Report on sanitation, dispensaries, and jails in Rajputana for 1910, and on vaccination for the year 1910-1911 - 1910-1911
Year: 1910
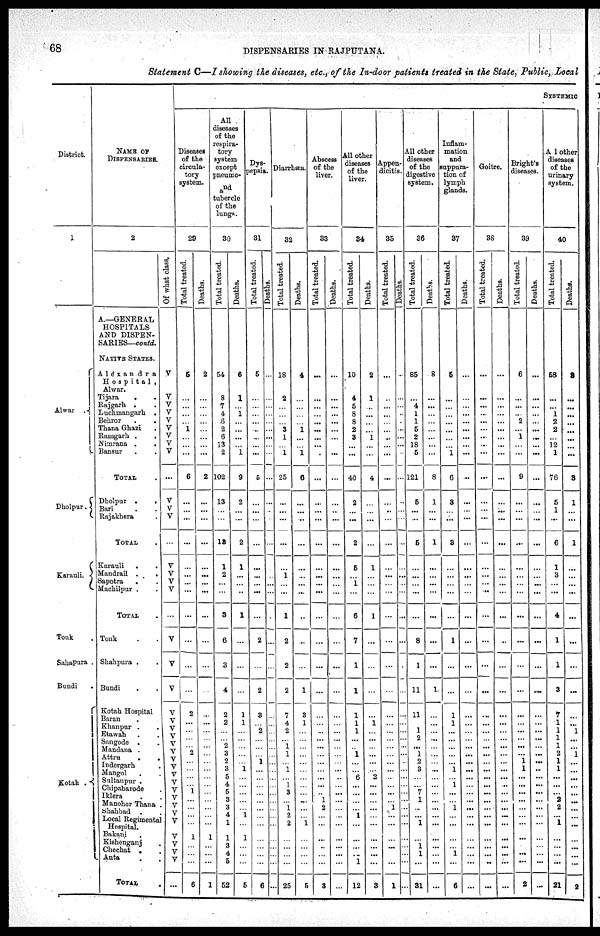
68
DISPENSARIES IN RAJPUTANA.
Statement C—I showing the diseases, etc., of the In-door patients treated in the State, Public, Local
District.
1
Alwar
.
Dholpur.
Karauli.
Tonk .
Sahapura .
Bundi .
Kotah
.
NAME OF
DISPENSARIES.
2
A—GENERAL
HOSPITALS
AND DISPEN-
SARIES—contd.
NATIVE STATES.
A1exandra
Hospital ,
Alwar.
Tijara . .
Rajgarh . .
Luchmangarh .
Behror
.
.
Thana Ghazi
Ramgarh . .
Nimrana
.
.
Bansur . .
TOTAL .
Dholpur .
.
Bari . .
Rajakhera .
TOTAL .
Karauli . .
Mandrail
.
.
Sapotra . .
Machilpur . .
TOTAL .
Tonk . .
Shahpura . .
Bundi . .
Kotah Hospital
Baran .
Khanpur . .
Etawah . .
Sangode . .
Mandana . .
Attru . .
Indorgarh .
Mangol . .
Sultanpur .
Chipabarode .
Iklera
Manoher Thana .
Shahbad . .
Local Regimental
Hospital.
Bakani
Kishenganj .
Chochat . .
Anta . .
TOTAL .
Of what class.
V
V
V
V
V
V
V
V
V
...
V
V
V
...
V
V
V
V
...
V
V
V
V
V
V
V
V
V
V
V
V
V
V
V
V
V
V
V
V
V
V
...
SYSTEMIC
Diseases
of the
circula-
tory
system.
29
Total treated.
5
...
...
...
...
1
...
...
...
6
...
...
...
...
...
...
...
...
...
...
...
...
2
...
...
...
... 2
...
...
...
...
1
...
...
...
...
1
...
...
...
6
Deaths.
2
...
...
...
...
...
...
...
...
2
...
...
...
...
...
...
...
...
...
...
...
...
...
...
...
...
...
...
...
...
...
...
...
...
...
...
...
1
...
...
...
1
All
diseases
of the
respira-
tory
system
except
pneumo-
and
tubercle
of the
lungs.
30
Total treated.
54
8
7
4
6
2
6
13
2
102
13
...
...
13
1
2
...
...
3
6
3
4
2
2
...
... 2
3
2
3
5
4
5
...
3
4
1
1
3
4
5
52
Deaths.
6
1
...
1
...
...
...
...
1
9
2
...
...
2
1
...
...
...
1
...
...
...
1
1
...
...
...
...
...
1
...
...
...
...
...
1
...
1
...
...
...
5
Dys-
pepsia.
31
Total treated.
5
...
...
...
...
...
...
...
...
5
...
...
...
...
...
...
...
...
...
2
...
2
3
...
2
...
...
...
1
...
...
...
...
...
...
...
...
...
...
...
...
6
Deaths.
...
...
...
...
...
...
...
...
...
...
...
...
...
...
...
...
...
...
...
...
...
...
...
...
...
...
...
...
...
...
...
...
...
...
...
...
...
...
...
...
...
...
Diarrhæa.
32
Total treated.
18
2
...
...
...
3
1
...
1
25
...
...
...
...
...
1
...
...
1
2
2
2
7
4
2
... 1
...
...
1
...
1
3
...
...
...
2
...
...
...
...
25
Deaths.
4
...
...
...
...
1
...
...
1
6
...
...
...
...
...
...
...
...
...
...
...
1
3
1
...
...
...
...
...
...
...
...
...
... ...
...
1
...
...
...
...
5
Abscess
of the
liver.
33
Total treated.
...
...
...
...
...
...
...
...
...
...
...
...
...
...
...
...
...
...
...
...
...
...
...
...
..
...
...
...
...
...
...
...
...
... 1
...
...
...
...
...
...
3
Deaths.
...
...
...
...
...
...
...
...
...
...
...
...
...
...
...
...
...
...
...
...
...
...
...
...
...
...
...
...
...
...
...
...
...
...
...
...
...
...
...
...
...
...
All other
diseases
of the
liver.
34
Total treated.
10
4
5
8
8
2
3
...
...
40
2
...
...
2
5
...
1
...
6
7
1
1
1
1
1
...
...
...
...
...
6
...
...
...
...
...
...
...
...
...
1
12
Deaths.
2
1
...
...
...
...
1
...
...
4
...
...
...
...
1
...
...
...
1
...
...
...
...
1
...
...
...
...
...
...
2
...
...
...
...
...
...
...
...
...
...
3
Appen-
dicitis.
35
Total treated.
...
...
...
...
...
...
..
...
...
...
...
...
...
...
...
...
...
...
...
...
...
...
...
...
...
...
...
...
...
...
...
...
...
... 1
...
...
...
...
...
...
1
Deaths.
...
...
...
...
...
...
...
...
...
...
...
...
...
...
...
...
...
...
...
...
...
...
...
..
...
..
...
...
...
...
...
...
...
...
...
...
...
...
...
...
...
...
All other
diseases
of the
digestive
system.
36
Total treated.
85
...
4
1
1
5
2
18
5
121
5
...
...
5
...
...
...
...
...
8
1
11
11
...
1
2
...
...
2
3
...
...
7
...
...
...
1
...
1
1
...
31
Deaths.
8
...
...
...
...
...
...
...
...
8
1
...
...
1
...
...
...
...
...
...
...
1
...
...
...
...
...
...
...
...
...
...
...
... ...
...
...
...
...
...
...
...
Inflam-
mation
and
suppura-
tion of
lymph
glands.
37
Total treated.
5
...
...
...
...
...
...
...
1
6
3
...
...
3
...
...
...
...
...
1
...
...
1
1
...
...
...
...
...
1
...
1
...
...
...
...
...
...
...
1
...
6
Deaths.
...
...
...
...
...
...
...
...
...
...
...
...
...
...
...
...
...
...
...
...
...
...
...
...
...
...
...
... ...
...
...
...
...
...
...
...
...
...
...
...
...
...
Goitre.
38
Total treated.
...
...
...
...
...
...
...
..
...
...
...
...
...
...
...
...
...
...
...
...
...
...
...
...
...
...
...
...
...
...
...
...
...
... ...
...
...
...
...
...
...
...
Deaths.
...
...
...
...
...
...
...
...
...
...
...
...
...
...
...
...
...
...
...
...
...
...
...
...
...
...
...
...
...
...
...
...
...
...
...
...
...
...
...
...
...
...
Bright's
diseases.
39
Total treated.
6
...
...
...
2
... 1
...
...
9
...
...
...
...
...
...
...
...
...
...
...
...
...
...
...
...
...
... 1
1
...
...
...
... ...
...
...
...
...
...
...
2
Deaths.
...
...
...
...
...
...
...
...
...
...
...
...
...
...
...
...
...
...
...
...
...
...
...
...
...
...
...
...
...
...
...
...
...
... ...
...
...
...
...
...
...
...
Al1 other
diseases
of the
urinary
system.
40
Total treated.
58
...
...
1
2
2
...
12
1
76
5
1
...
6
1
3
...
...
4
1
1
3
7
1
1
1
1
2
1
1
...
...
...
2
2
...
1
...
...
...
...
21
Deaths.
3
...
...
...
...
...
...
...
...
3
1
...
...
1
...
...
...
...
...
...
...
...
...
...
1
...
...
1
...
...
...
...
...
...
...
...
...
...
...
...
...
3